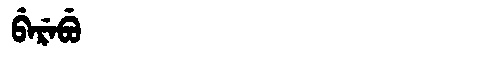
Manchu: ᠪᡝᡵᡝᠪᡠ
Romanization: BEREBU